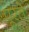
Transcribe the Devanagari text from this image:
पूरते